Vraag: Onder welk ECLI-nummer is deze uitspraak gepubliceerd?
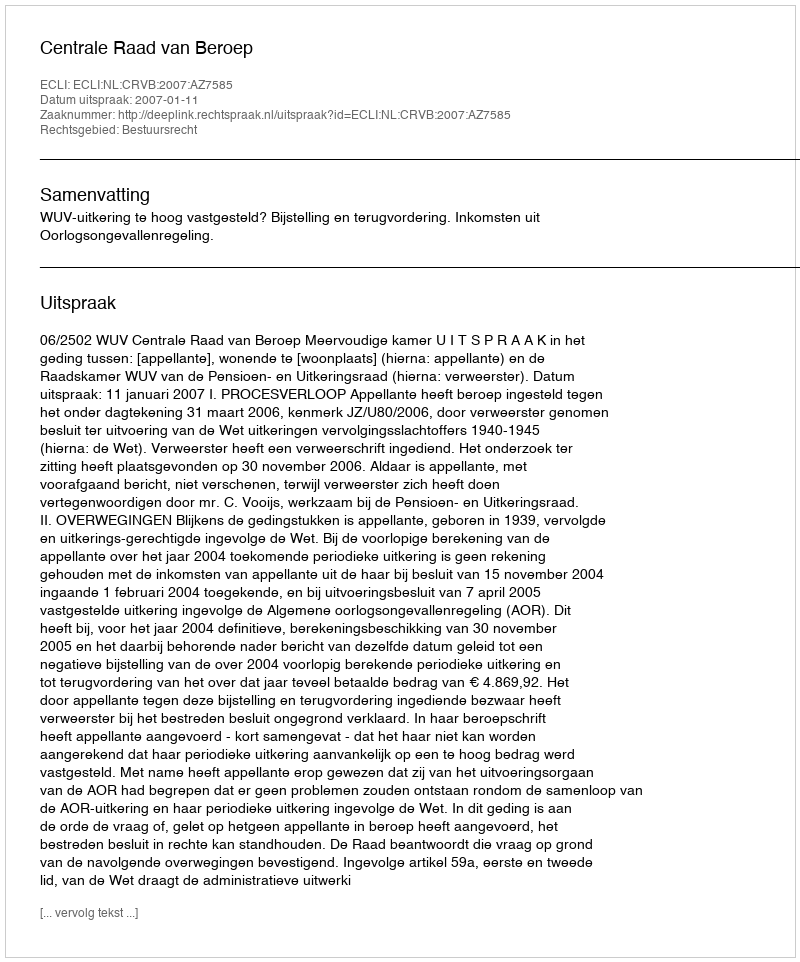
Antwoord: ECLI:NL:CRVB:2007:AZ7585